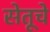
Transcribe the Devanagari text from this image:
सेतूचे